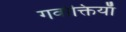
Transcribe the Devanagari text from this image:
गर्वोक्तियाँ